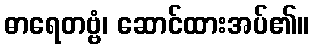
ဓာရေတဗ္ဗံ၊ ဆောင်ထားအပ်၏။